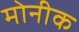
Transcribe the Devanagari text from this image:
मोनीक